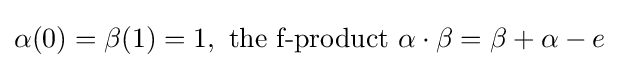
\alpha (0)=\beta (1)=1,{\mbox{ the f-product }}\alpha \cdot \beta =\beta +\alpha -e